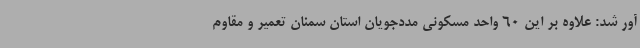
آور شد: علاوه بر این 60 واحد مسکونی مددجویان استان سمنان تعمیر و مقاوم